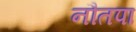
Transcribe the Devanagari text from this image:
नौतपा